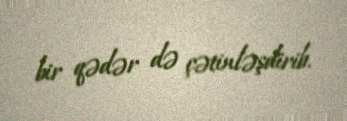
bir qədər də çətinləşdirib.